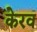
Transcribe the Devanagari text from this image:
केरव